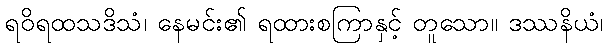
ရဝိရထသဒိသံ၊ နေမင်း၏ ရထားစကြာနှင့် တူသော။ ဒဿနိယံ၊